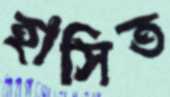
হাসিত